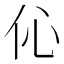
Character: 伈